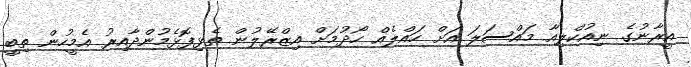
އީރާނުގެ ނިއުކްލިއާ މައްސަލަ އަށް ހައްލެއް ހޯދުމަށް އިޒްރޭލުން ތެޅިފޮޅެމުންދާއިރު އެމީހުން ތިބީ